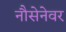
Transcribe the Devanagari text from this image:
नौसेनेवर